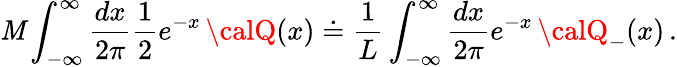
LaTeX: {\cal\mathit{M}}\displaystyle\int_{-\infty}^{\infty}\displaystyle\frac{{dx}}{{2\pi}}\displaystyle\frac{{1}}{{2}}e^{-x}\, {\calQ}(x)\doteq\displaystyle\frac{{1}}{{L}}\displaystyle\int_{-\infty}^{\infty}\displaystyle\frac{{dx}}{{2\pi}}e^{-x}\, {\calQ}_{-}(x)\, .